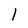
Character: l